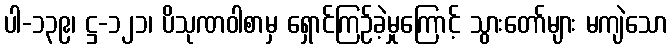
ပါ-၁၃၉၊ ဋ္ဌ-၁၂၁၊ ပိသုဏဝါစာမှ ရှောင်ကြဉ်ခဲ့မှုကြောင့် သွားတော်များ မကျဲသော